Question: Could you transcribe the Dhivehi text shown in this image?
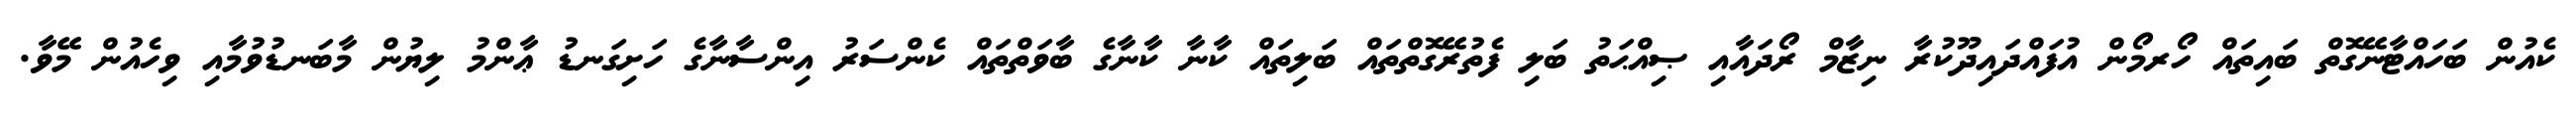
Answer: ކެއުން ބަހައްޓާނޭގޮތް ބައިތައް ހޯރމޯން އުފައްދައިދޫކުރާ ނިޒާމް ރޯދައާއި ޞިއްޙަތު ބަލި ފެތުރޭގޮތްތައް ބަލިތައް ކާނާ ކާނާގެ ބާވަތްތައް ކެންސަރު އިންސާނާގެ ހަށިގަނޑު ޢާންމު ލިޔުން މާބަނޑުވުމާއި ވިހެއުން މޭވާ.